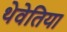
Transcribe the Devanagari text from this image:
थेवेतिया